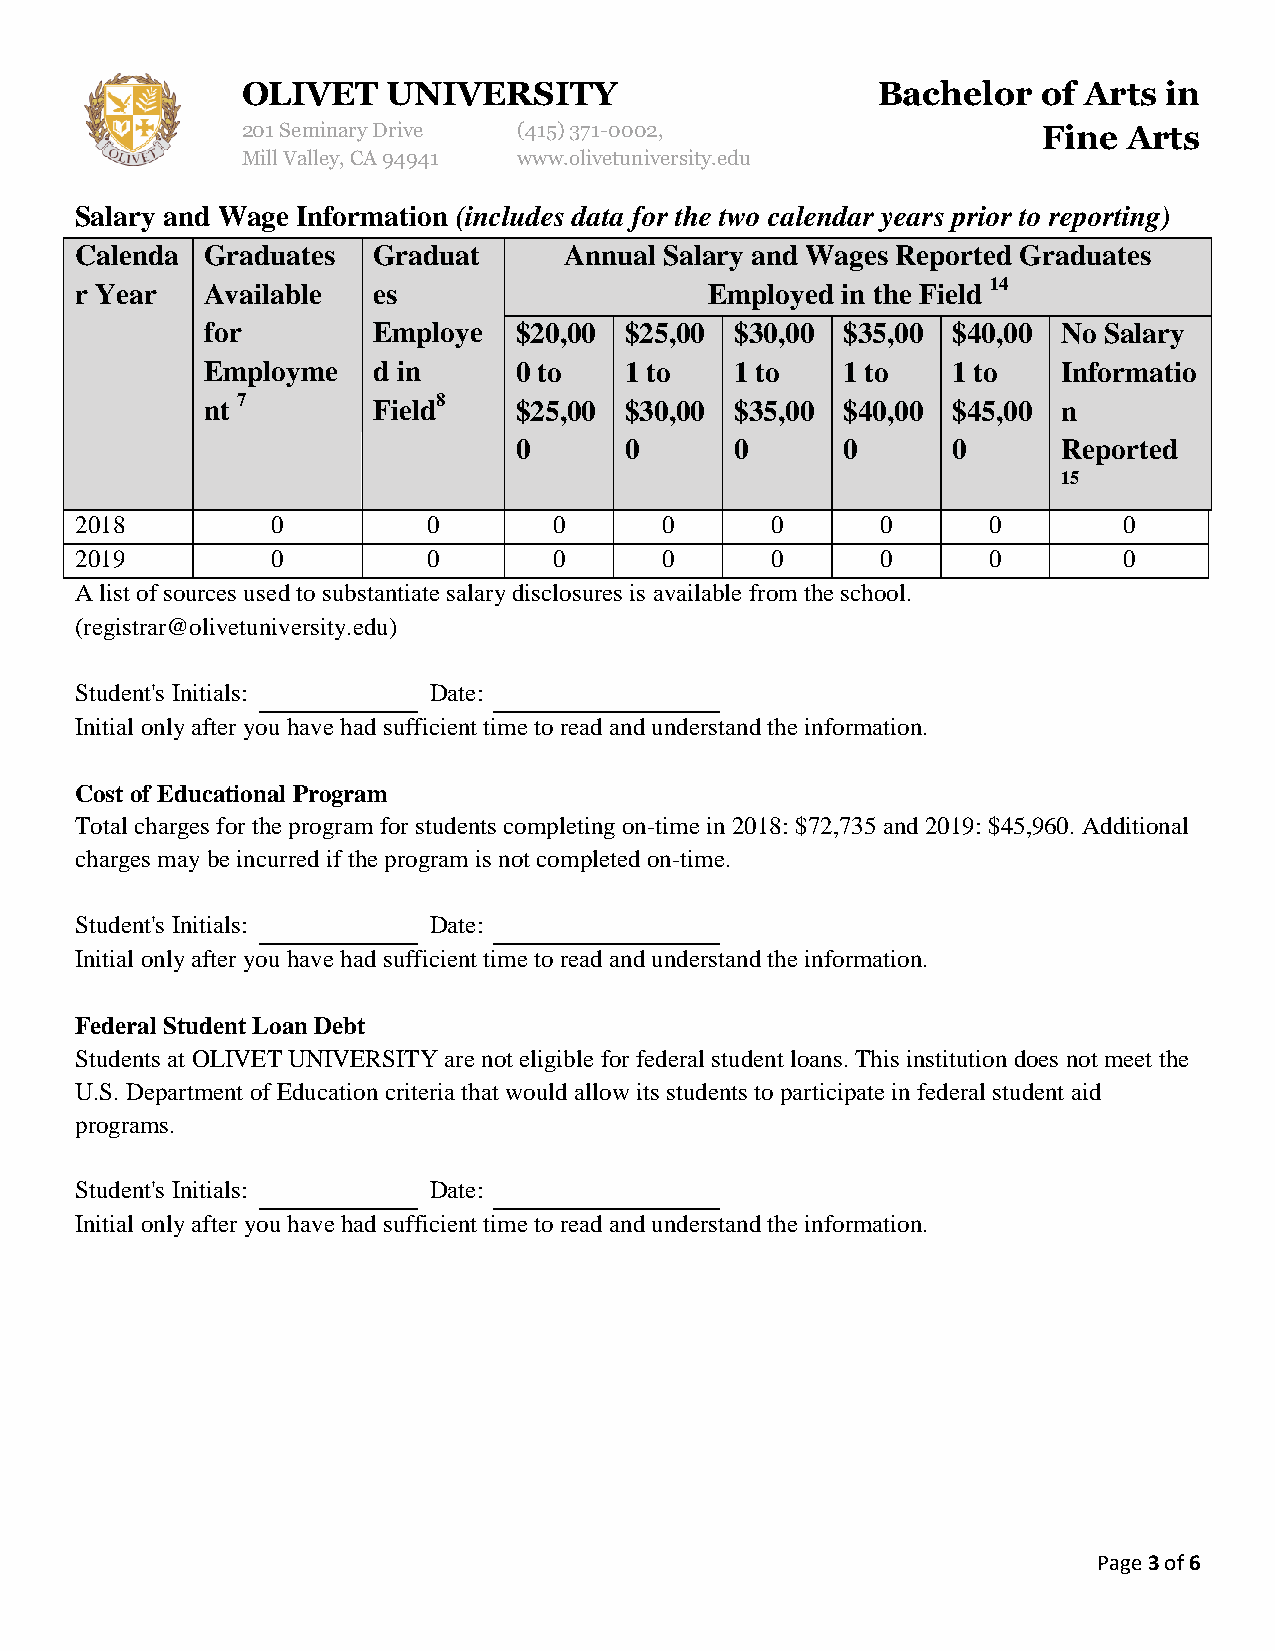
OLIVET    UNIVERSITY                      Bachelor   of Arts in
 201 Seminary Drive (415)371-0002,                    Fine  Arts
 Mill Valley, CA 94941 www.olivetuniversity.edu
 Salary and Wage Information (includes data for the two calendar years prior to reporting)
 Calenda  Graduates  Graduat     Annual Salary and Wages Reported Graduates
 r Year   Available  es                    Employed in the Field 14
 for        Employe  $20,00 $25,00  $30,00 $35,00 $40,00 No Salary
 Employme   d in     0 to   1 to    1 to   1 to   1 to   Informatio
 nt 7       Field8   $25,00 $30,00  $35,00 $40,00 $45,00 n
 0      0       0      0      0      Reported
 15
 2018         0         0        0      0      0      0      0        0
 2019         0         0        0      0      0      0      0        0
 A list of sources used to substantiate salary disclosures is available from the school.
 (registrar@olivetuniversity.edu)
 Student's Initials:    Date:
 Initial only after you have had sufficient time to read and understand the information.
 Cost of Educational Program
 Total charges for the program for students completing on-time in 2018: $72,735 and 2019: $45,960. Additional
 charges may be incurred if the program is not completed on-time.
 Student's Initials:    Date:
 Initial only after you have had sufficient time to read and understand the information.
 Federal Student Loan Debt
 Students at OLIVET UNIVERSITY are not eligible for federal student loans. This institution does not meet the
 U.S. Department of Education criteria that would allow its students to participate in federal student aid
 programs.
 Student's Initials:    Date:
 Initial only after you have had sufficient time to read and understand the information.
 Page 3 of 6